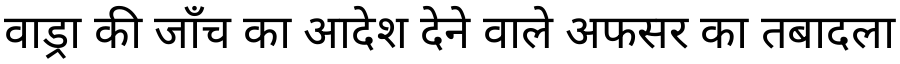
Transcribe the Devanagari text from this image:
वाड्रा की जाँच का आदेश देने वाले अफसर का तबादला